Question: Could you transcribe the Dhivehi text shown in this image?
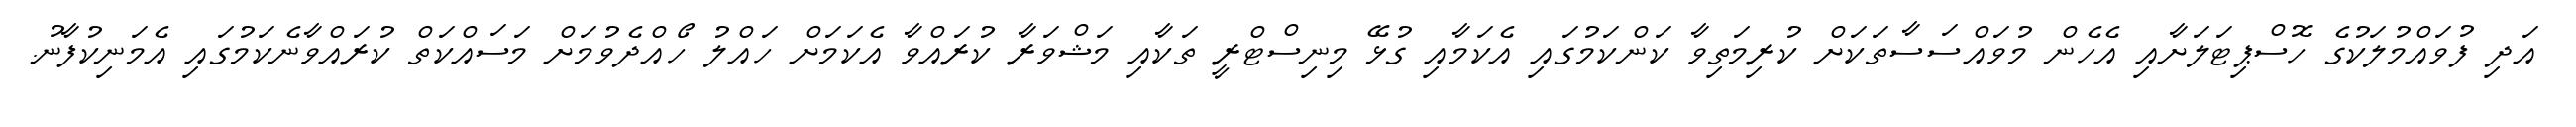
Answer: އަދި ފުވައްމުލަކުގެ ހޮސްޕިޓަލަށާއި އެހެން މުވައްސަސާތަކަށް ކުރިމަތިވާ ކަންކަމުގައި އެކަމާއި ގުޅޭ މިނިސްޓްރީ ތަކާއި މަޝްވަރާ ކުރައްވާ އެކަމަށް ހައްލު ހޯއްދެވުމަށް މަސައްކަތް ކުރައްވާނެކަމުގައި އެމަނިކުފާނު.